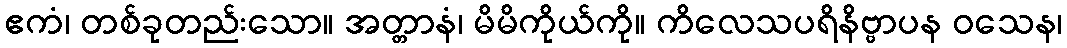
ဧကံ၊ တစ်ခုတည်းသော။ အတ္တာနံ၊ မိမိကိုယ်ကို။ ကိလေသပရိနိဗ္ဗာပန ဝသေန၊